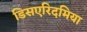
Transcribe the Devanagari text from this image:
डिसएरिदमिया